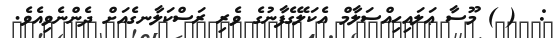
:  ( ) މޫސާ ޢަލައިހިއްސަލާމް އެކަލޭގެފާނުގެ ވެރި ރަސްކަލާނގެއަށް ދެންނެވިއެވެ.